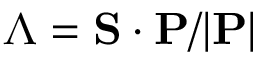
\Lambda = \mathbf { S } \cdot \mathbf { P } / | \mathbf { P } |